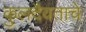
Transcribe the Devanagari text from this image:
कुलदैवताचे